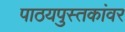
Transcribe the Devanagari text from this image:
पाठयपुस्तकांवर